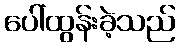
ပေါ်ထွန်းခဲ့သည်